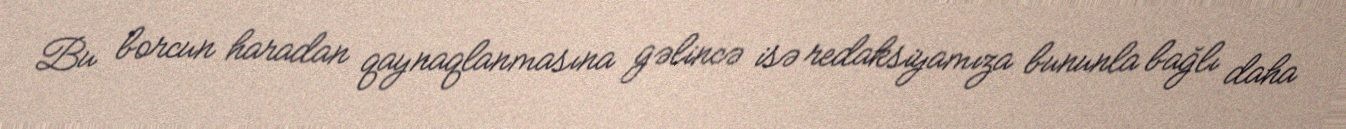
Bu borcun haradan qaynaqlanmasına gəlincə isə redaksiyamıza bununla bağlı daha